Vaccine operations Central Provinces 1868-1885 - 1868-1885
Year: 1868
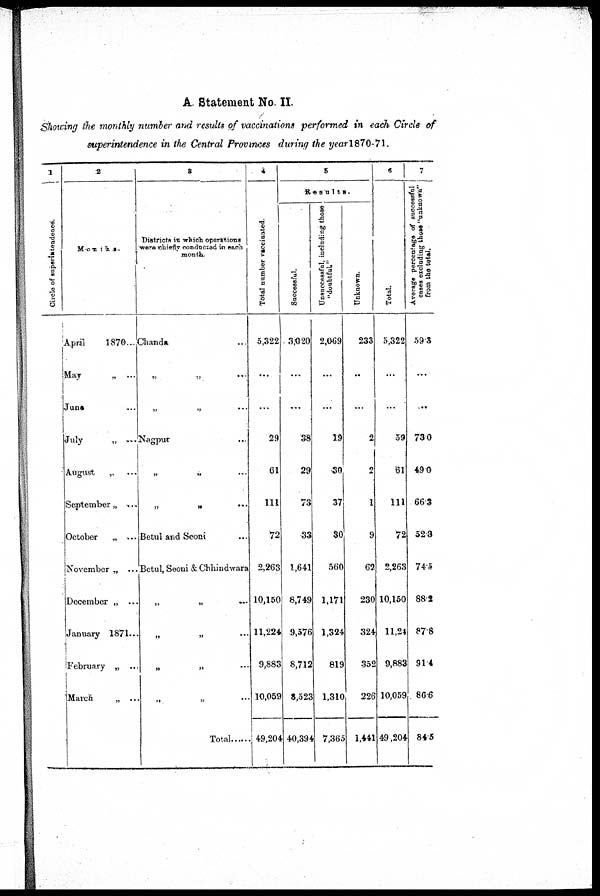
A. Statement No. II.
Showing the monthly number and results of vaccinations performed in each Circle of
superintendence in the Central Provinces during the year1870-71.
1
Circle of superintendenced.
2
Months.
April
1870...
May
„ ...
June. ...
July
„ ...
August „ ...
September „ ...
October „ ...
November „ ...
December „ ...
January 1871...
February „ ...
March „ „ ...
3
Districts in which operations
Were chiefly conducted in each
month.
Chanda
„
„
...
„ „ ...
Nagpur
„ ...
„
„
...
Betul and Seoni ...
Betul, Seoni & Chhindwara
„
„
...
„
„ ...
„ „ ...
„
„
...
Total......
4
Total number vaccinated.
5,322
...
...
29
61
111
72
2,263
10,150
11,224
9,883
10,059
49,204
5
Results.
Successful.
3,020
...
...
38
29
73
33
1,641
8,749
9,576
8,712
8,523
40,394
Unsuccessful, including those
"doubtful"
2,069
...
...
19
30
37
30
560
1,171
1,324
819
1,310
7,365
Unknown.
233
..
...
2
2
1
9
62
230
324
352
226
1,441
6
Total
5,322
...
...
59
61
111
72
2,263
10,150
11,24
9,883
10,059
49,204
7
Average percentage of successful
cases excluding those "unknown"
from the total.
59.3
...
...
73.0
49.0
66.3
52.3
74.5
88.2
87.8
91.4
86.6
84.5